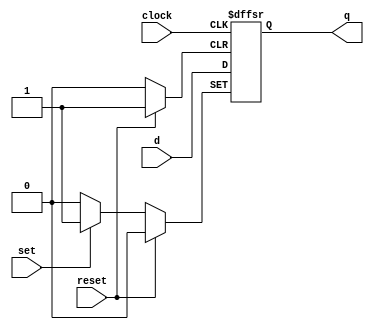
module flipflop_d (
   output reg q,


   input clock,
   input set,
   input reset,
   input d
);


   always @(posedge clock or posedge set or posedge reset) begin
       if (reset)      q <= 1'b0;
       else if (set)   q <= 1'b1;
       else            q <= d;
   end


endmodule